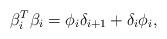
LaTeX: \begin{align*}\beta^{T}_i\beta_{i}=\phi_{i}\delta_{i+1}+\delta_{i}\phi_i,\end{align*}